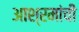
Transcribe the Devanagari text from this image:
आश्रमांची